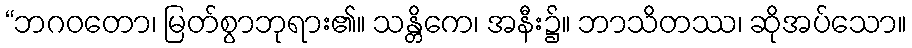
“ဘဂဝတော၊ မြတ်စွာဘုရား၏။ သန္တိကေ၊ အနီး၌။ ဘာသိတဿ၊ ဆိုအပ်သော။